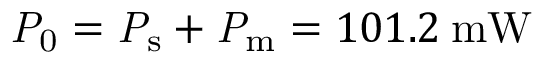
\mathrm { \mathit { P } _ { 0 } } = \mathrm { \mathit { P } _ { s } } + \mathrm { \mathit { P } _ { m } } = 1 0 1 . 2 \: \mathrm { m W }